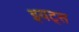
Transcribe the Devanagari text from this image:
इयट्स